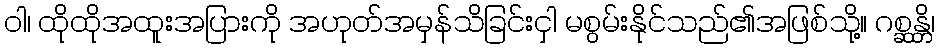
ဝါ၊ ထိုထိုအထူးအပြားကို အဟုတ်အမှန်သိခြင်းငှါ မစွမ်းနိုင်သည်၏အဖြစ်သို့။ ဂစ္ဆန္တိ၊